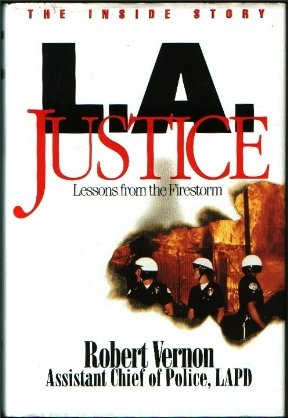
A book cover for L.A. Justice; Robert L. Vernon; Crafts, Hobbies & Home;